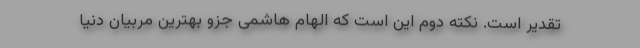
تقدیر است. نکته دوم این است که الهام هاشمی جزو بهترین مربیان دنیا